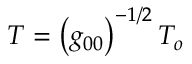
{ \cal T } = \left( g _ { 0 0 } \right) ^ { - 1 / 2 } { \cal T } _ { o }